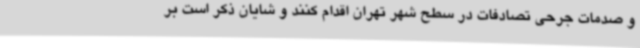
و صدمات جرحی تصادفات در سطح شهر تهران اقدام کنند و شایان ذکر است بر